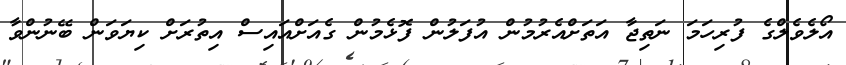
އޯލެވެލްގެ ފުރިހަމަ ނަތިޖާ އަތަށްއެރުމުން އުފަލުން ފޮޅެމުން ގެއަށްއައިސް އިތުރަށް ކިޔަވަން ބޭނުންވާ